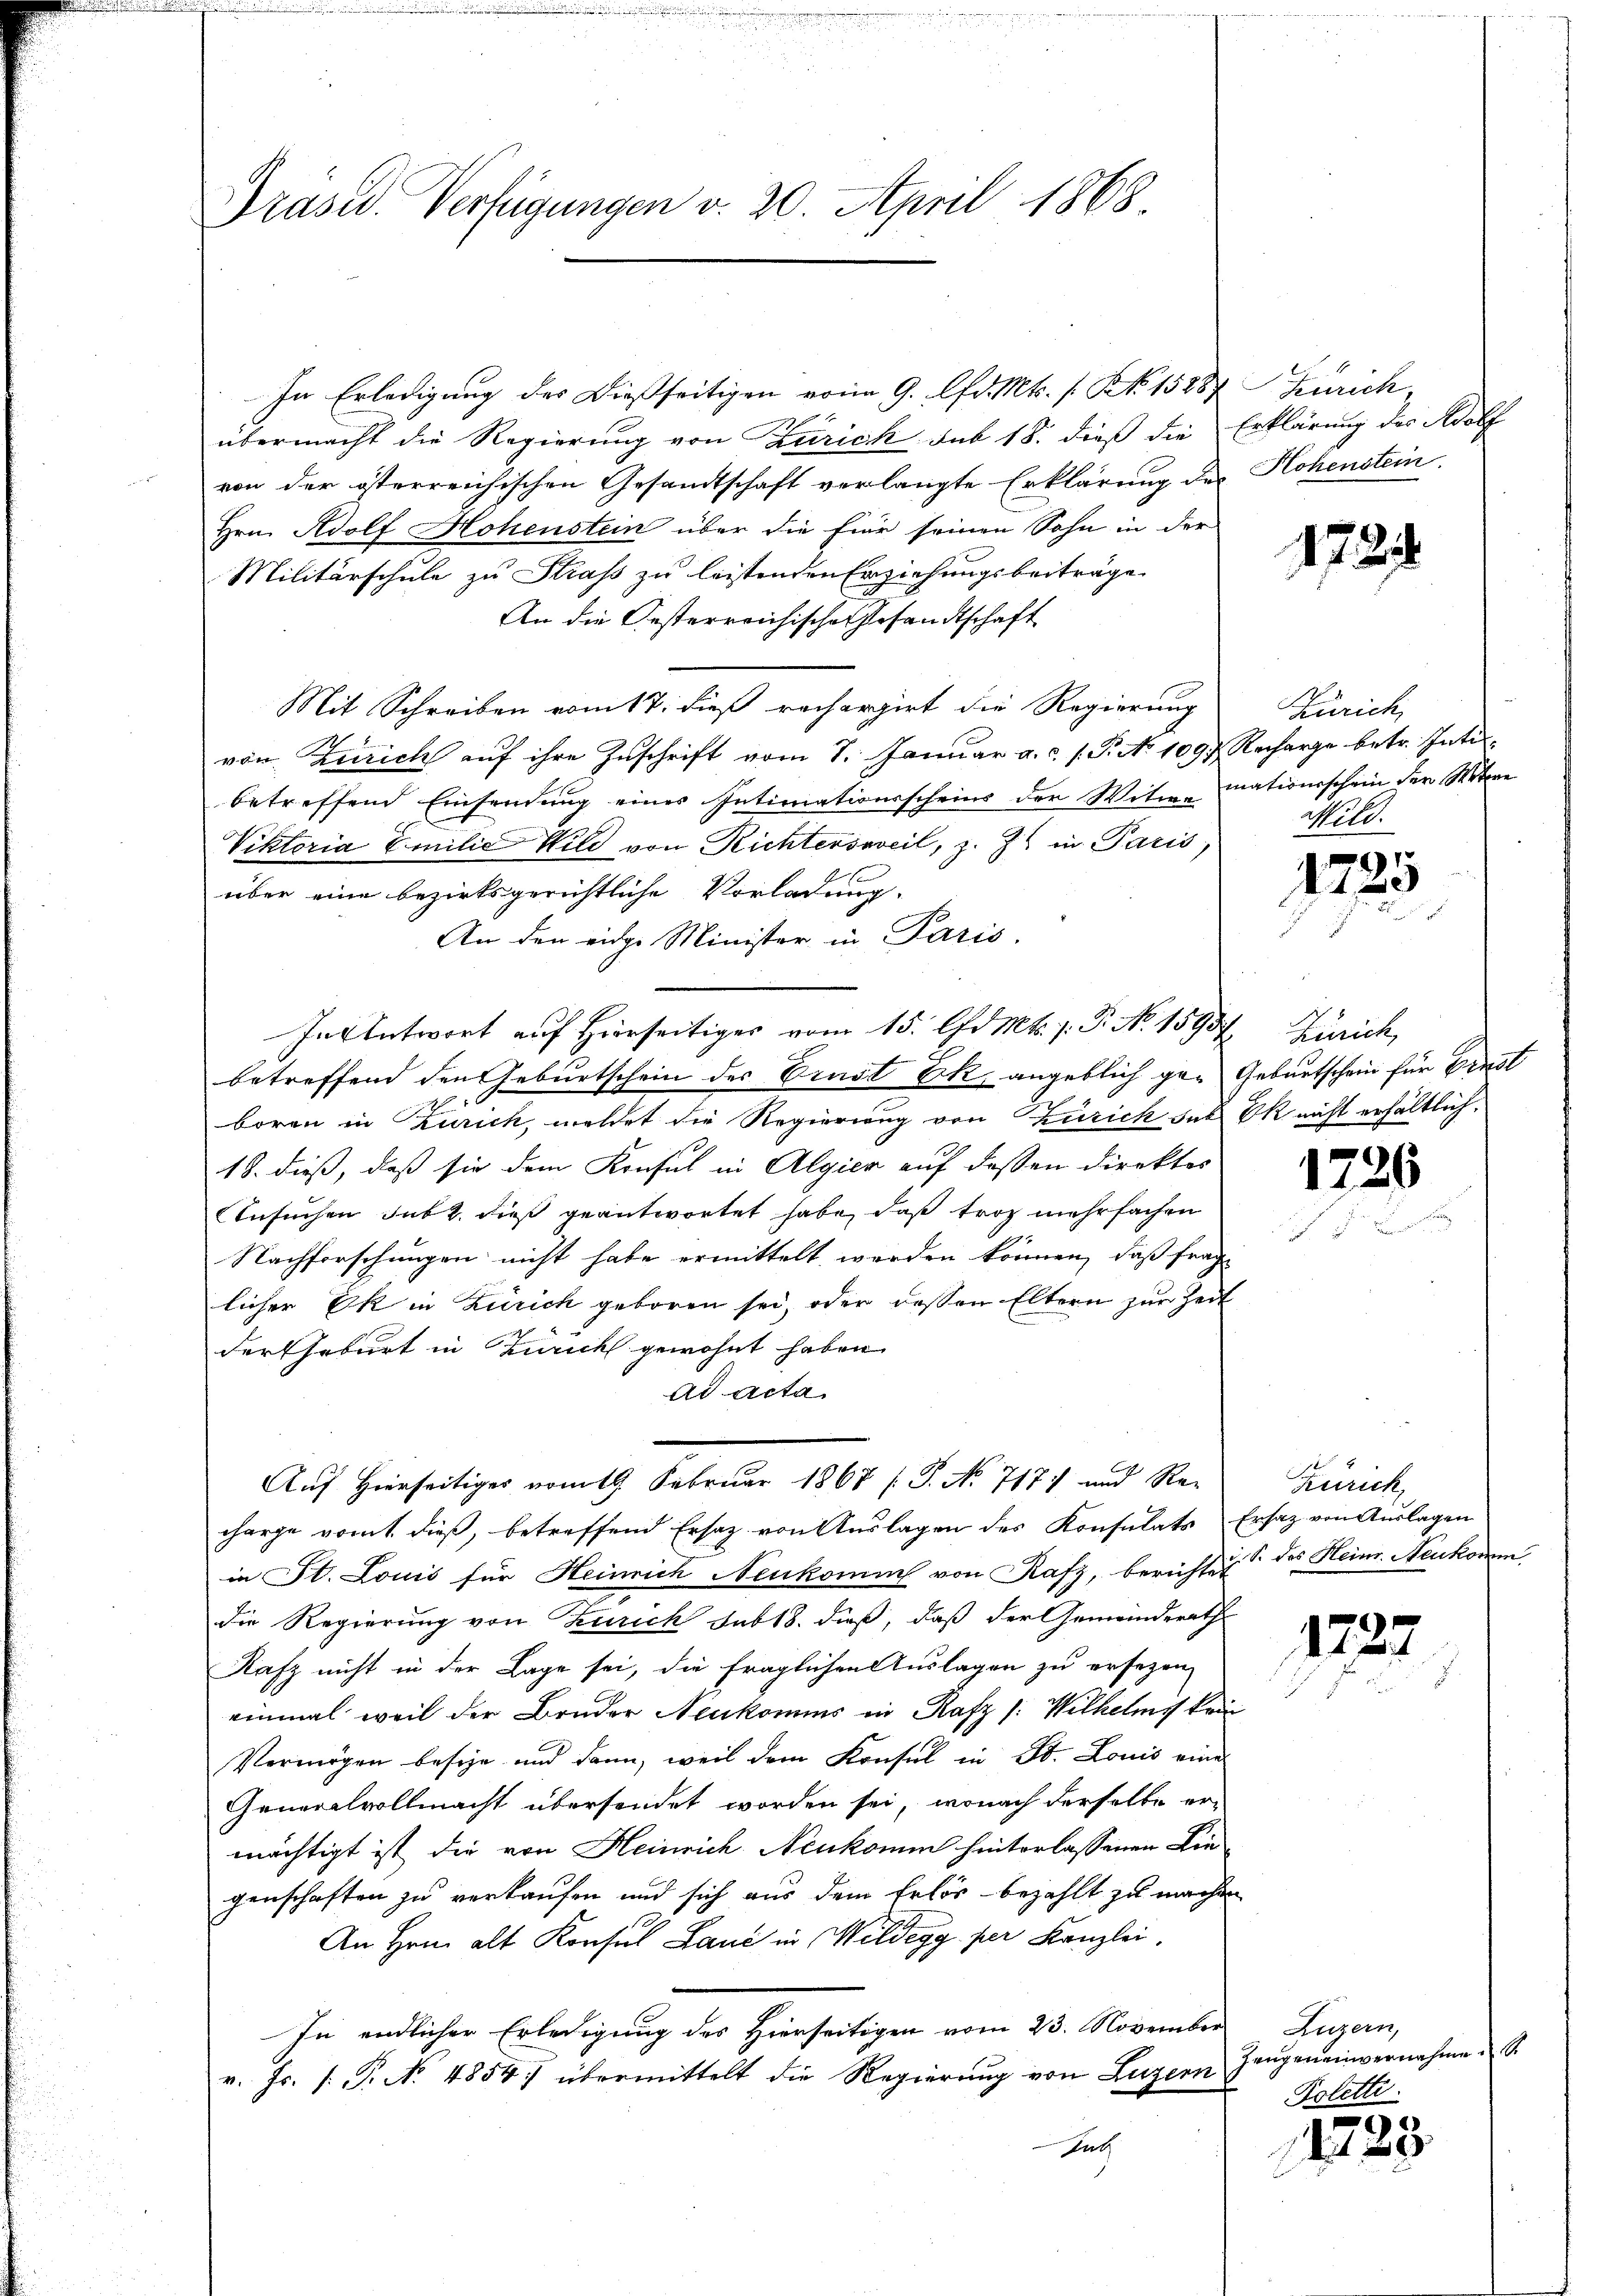
Präsid. Verfügungen v. 20. April 1868

In Erledigung des dießseitigen vom 9. d. Mts. s. Z. 15887 Zürich,
übermacht die Regierung von Kurich sub 18. dieß die Erklärung des Adolf
von der österreichischen Gesandtschaft verlangte Erklärung des Hohenstein.
Hrn. Adolf Hohenstein über die für seinen Sohn in der
Militärschule zu Straß zu leistenden Erziehungsbeiträge
An die Oesterreichische Gesandtschaft
Mit Schreiben vom 17. dieß rechargirt die Regierung
von Zürich auf ihre Zuschrift vom 7. Januar a.c. s. S. No 1097. Recharge betr. Inti
betreffend Einsendung eines Intimationsscheins der Witwe mationsschein der Wetzen
Viktoria Emilie Wild von Richtersweil, z. Z. in Paris,
über eine bezirksgerichtliche Vorladung.
An den eidge Minister in Paris.
In Antwort auf Hierseitiges vom 15. Apr. Mts. 1. P. No. 15954. Zürich,
betreffend den Geburtschein des Ernst Ek, angeblich ge- Gebautschein für Ernst
boren in Zürich, weldet die Regierung von Zürich hat Ok nicht erhältlich,
18. dieß, daß sie dem Konsul in Algier auf dessen Direktes
Ansuchen sub 2. dieß geantwortet habe, daß trotz mehrfachen.
Nachforschungen nicht habe ermittelt werden können, daß frag
licher Ek in Zürich geboren sei, oder dessen Eltern zur Zeit
der Geburt in Zürich gewohnt haben.
ad acta
Auf Hierseitiges vom 19. Februar 1868 / P. No 717) und Re-
charge vomt dieß, betreffend Ersatz von Auslagen des Konsulats Ersatz von Auslagen
in St. Louis für Heinrich Neukomme von Rafz, berichte des Heim. Neukomm
die Regierung von Zürich sub 18. dieß, daß der Gemeinderath
Rafz nicht in der Lage sei, die fraglichen Auslagen zu ersezen
einmal weil der Bruder Neukomms in Rafz /: Wilhelms kein
Vermögen besie und dann, weil dem Konsul in St. Louis eine
Generalvollmacht übersendet worden sei, wonach derselbe er-
mächtigt ist die von Heinrich Neukomm hinterlassenen Lin
genschaften zu verkaufen und sich aus dem Erlös bezahlt zu machen
An Hrn. alt Konsul Laue in Wildegg per Kanzlei,
In endlicher Erledigung des Hierseitigen vom 23. November
v. Js. f. P. No. 4854. übermittelt die Regierung von Luzern Zeugen einvernahme¬
Jath

1784.

Zürich
No 11.

1725

1786

Zürich,

1227

Luzern,
Polett.

1725.